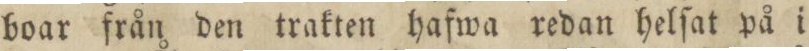
boar från den trakten hafwa redan helſat på i